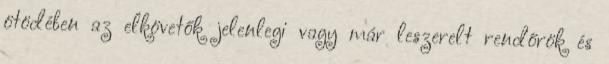
ötödében az elkövetők jelenlegi vagy már leszerelt rendőrök és